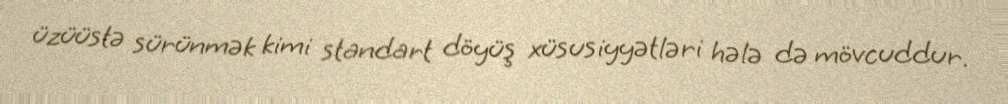
üzüüstə sürünmək kimi standart döyüş xüsusiyyətləri hələ də mövcuddur.